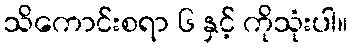
သိကောင်းစရာ ၆ နှင့် ကိုသုံးပါ။